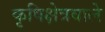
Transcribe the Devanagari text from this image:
कृषिक्षेत्रवाले